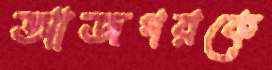
আজগরকে